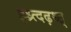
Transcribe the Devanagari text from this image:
झ्ध्र्त्दढ़थ्त्